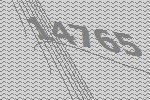
14765